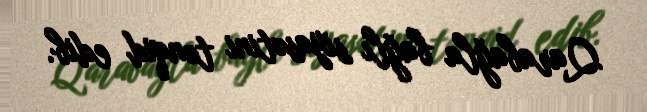
Qarabağla bağlı siyasətini tənqid edib.